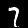
Digit: 7